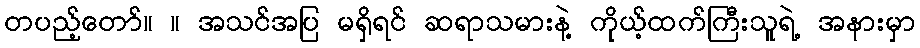
တပည့်တော်။ ။ အသင်အပြ မရှိရင် ဆရာသမားနဲ့ ကိုယ့်ထက်ကြီးသူရဲ့ အနားမှာ